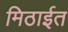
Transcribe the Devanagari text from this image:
मिठाईत